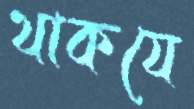
থাকযে